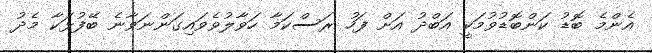
އެންމެ ބޮޑު ކަންބޮޑުވުމަކީ އަބްދު އަށް ފަހު ރަސްކަމާ ހަވާލުވެވައިގަންނަވާނެ ބޭފުޅަކާ މެދު